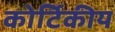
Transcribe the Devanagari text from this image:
कोर्टिकीय